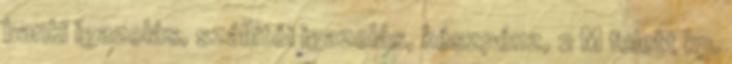
banki igazolás, szállítói igazolás, készpénz, 2 M felett kp.